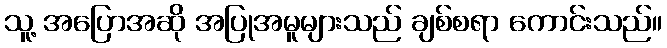
သူ့ အပြောအဆို အပြုအမူများသည် ချစ်စရာ ကောင်းသည်။